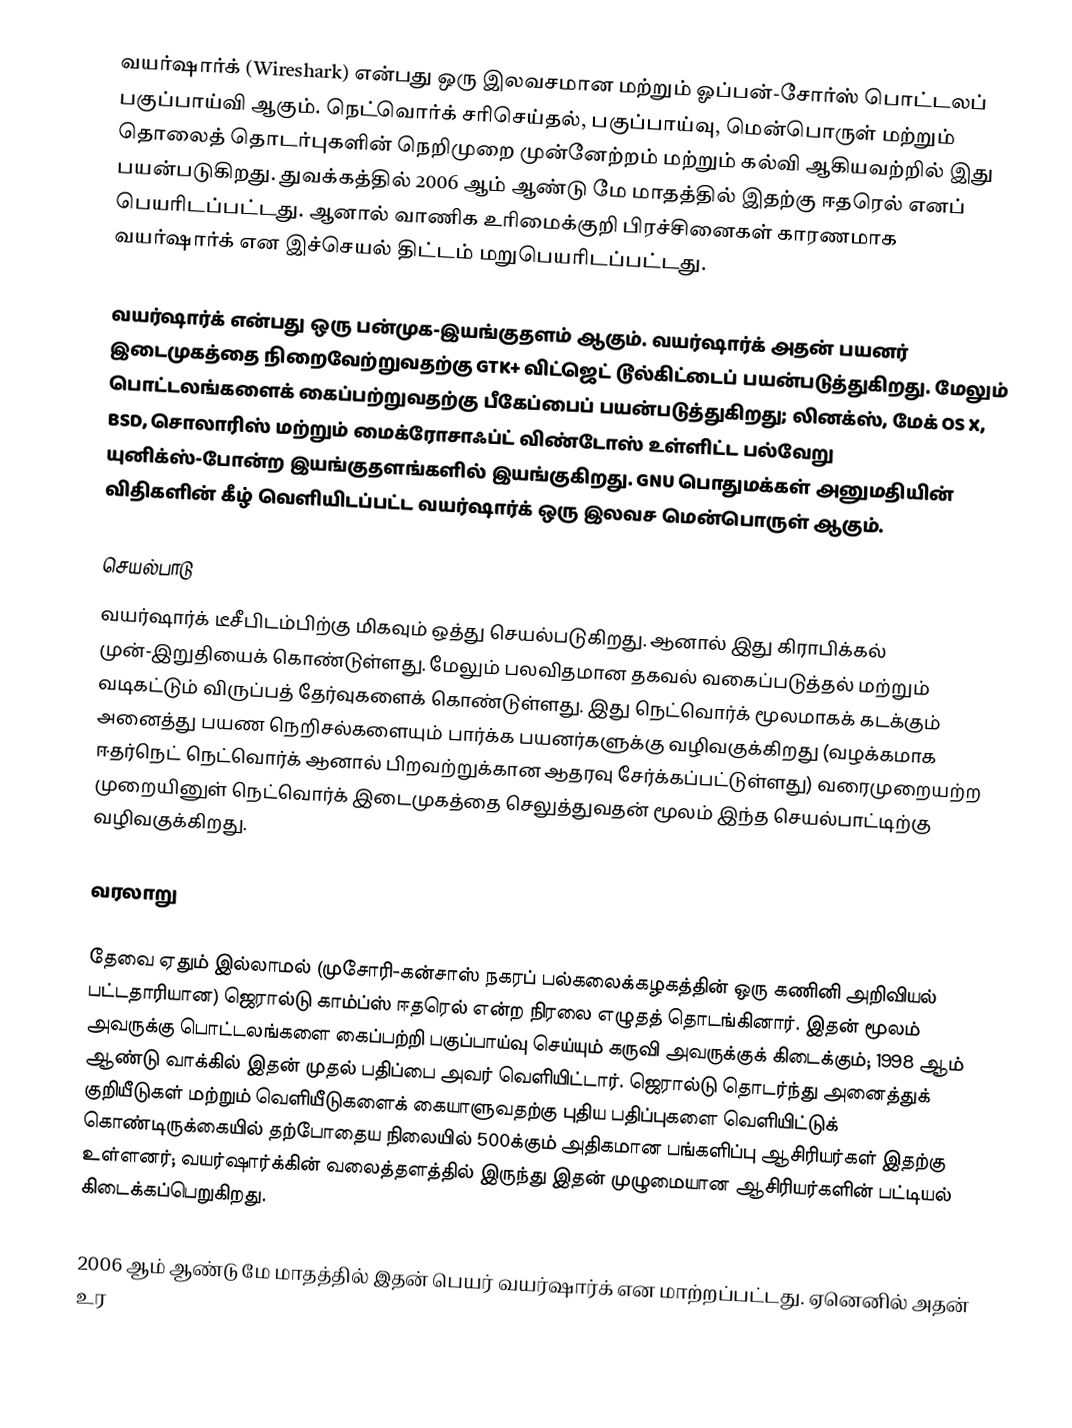
வயர்ஷார்க் (Wireshark) என்பது ஒரு இலவசமான மற்றும் ஓப்பன்-சோர்ஸ் பொட்டலப் பகுப்பாய்வி ஆகும். நெட்வொர்க் சரிசெய்தல், பகுப்பாய்வு, மென்பொருள் மற்றும் தொலைத் தொடர்புகளின் நெறிமுறை முன்னேற்றம் மற்றும் கல்வி ஆகியவற்றில் இது பயன்படுகிறது. துவக்கத்தில் 2006 ஆம் ஆண்டு மே மாதத்தில் இதற்கு ஈதரெல் எனப் பெயரிடப்பட்டது. ஆனால் வாணிக உரிமைக்குறி பிரச்சினைகள் காரணமாக வயர்ஷார்க் என இச்செயல் திட்டம் மறுபெயரிடப்பட்டது.

வயர்ஷார்க் என்பது ஒரு பன்முக-இயங்குதளம் ஆகும். வயர்ஷார்க் அதன் பயனர் இடைமுகத்தை நிறைவேற்றுவதற்கு GTK+ விட்ஜெட் டூல்கிட்டைப் பயன்படுத்துகிறது. மேலும் பொட்டலங்களைக் கைப்பற்றுவதற்கு பீகேப்பைப் பயன்படுத்துகிறது; லினக்ஸ், மேக் OS X, BSD, சொலாரிஸ் மற்றும் மைக்ரோசாஃப்ட் விண்டோஸ் உள்ளிட்ட பல்வேறு யுனிக்ஸ்-போன்ற இயங்குதளங்களில் இயங்குகிறது. GNU பொதுமக்கள் அனுமதியின் விதிகளின் கீழ் வெளியிடப்பட்ட வயர்ஷார்க் ஒரு இலவச மென்பொருள் ஆகும்.

செயல்பாடு
வயர்ஷார்க் டீசீபிடம்பிற்கு மிகவும் ஒத்து செயல்படுகிறது. ஆனால் இது கிராபிக்கல் முன்-இறுதியைக் கொண்டுள்ளது. மேலும் பலவிதமான தகவல் வகைப்படுத்தல் மற்றும் வடிகட்டும் விருப்பத் தேர்வுகளைக் கொண்டுள்ளது. இது நெட்வொர்க் மூலமாகக் கடக்கும் அனைத்து பயண நெறிசல்களையும் பார்க்க பயனர்களுக்கு வழிவகுக்கிறது (வழக்கமாக ஈதர்நெட் நெட்வொர்க் ஆனால் பிறவற்றுக்கான ஆதரவு சேர்க்கப்பட்டுள்ளது) வரைமுறையற்ற முறையினுள் நெட்வொர்க் இடைமுகத்தை செலுத்துவதன் மூலம் இந்த செயல்பாட்டிற்கு வழிவகுக்கிறது.

வரலாறு

தேவை ஏதும் இல்லாமல் (முசோரி-கன்சாஸ் நகரப் பல்கலைக்கழகத்தின் ஒரு கணினி அறிவியல் பட்டதாரியான) ஜெரால்டு காம்ப்ஸ் ஈதரெல் என்ற நிரலை எழுதத் தொடங்கினார். இதன் மூலம் அவருக்கு பொட்டலங்களை கைப்பற்றி பகுப்பாய்வு செய்யும் கருவி அவருக்குக் கிடைக்கும்; 1998 ஆம் ஆண்டு வாக்கில் இதன் முதல் பதிப்பை அவர் வெளியிட்டார். ஜெரால்டு தொடர்ந்து அனைத்துக் குறியீடுகள் மற்றும் வெளியீடுகளைக் கையாளுவதற்கு புதிய பதிப்புகளை வெளியிட்டுக் கொண்டிருக்கையில் தற்போதைய நிலையில் 500க்கும் அதிகமான பங்களிப்பு ஆசிரியர்கள் இதற்கு உள்ளனர்; வயர்ஷார்க்கின் வலைத்தளத்தில் இருந்து இதன் முழுமையான ஆசிரியர்களின் பட்டியல் கிடைக்கப்பெறுகிறது.

2006 ஆம் ஆண்டு மே மாதத்தில் இதன் பெயர் வயர்ஷார்க் என மாற்றப்பட்டது. ஏனெனில் அதன் உர